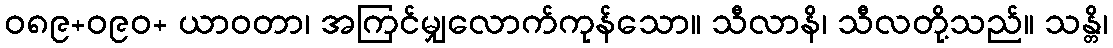
ဝ၈၉+ဝ၉၀+ ယာဝတာ၊ အကြင်မျှလောက်ကုန်သော။ သီလာနိ၊ သီလတို့သည်။ သန္တိ၊